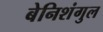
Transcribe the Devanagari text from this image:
बेनिशंगुल